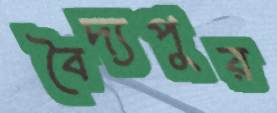
বৈদ্যপুর